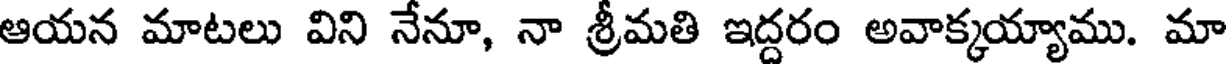
ఆయన మాటలు విని నేనూ, నా శ్రీమతి ఇద్దరం అవాక్కయ్యాము. మా